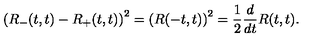
\left( R _ { - } ( t , t ) - R _ { + } ( t , t ) \right) ^ { 2 } = \left( R ( - t , t ) \right) ^ { 2 } = { \frac { 1 } { 2 } } { \frac { d } { d t } } R ( t , t ) .